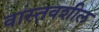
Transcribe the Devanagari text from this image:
वास्तवशील